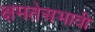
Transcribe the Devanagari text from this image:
क्षमतेअभावी